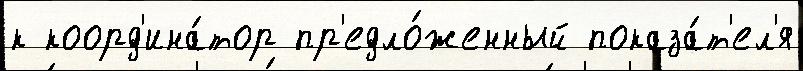
к коорд'ина́тор пр'едло́женный показа́т'ел'я